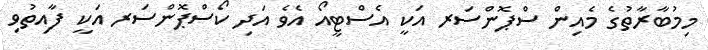
މިމުބާރާތުގެ މެއިން ސްޕޮންސަރ އަކީ އެސްޓީއޯ އެވެ އަދި ކޯސްޕޮންސަރ އަކީ ފާއިތުވި